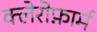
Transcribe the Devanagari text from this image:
क्लेरोफ़ार्म